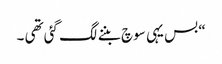
“ بس یہی سوچ بننے لگ گئی تھی ۔